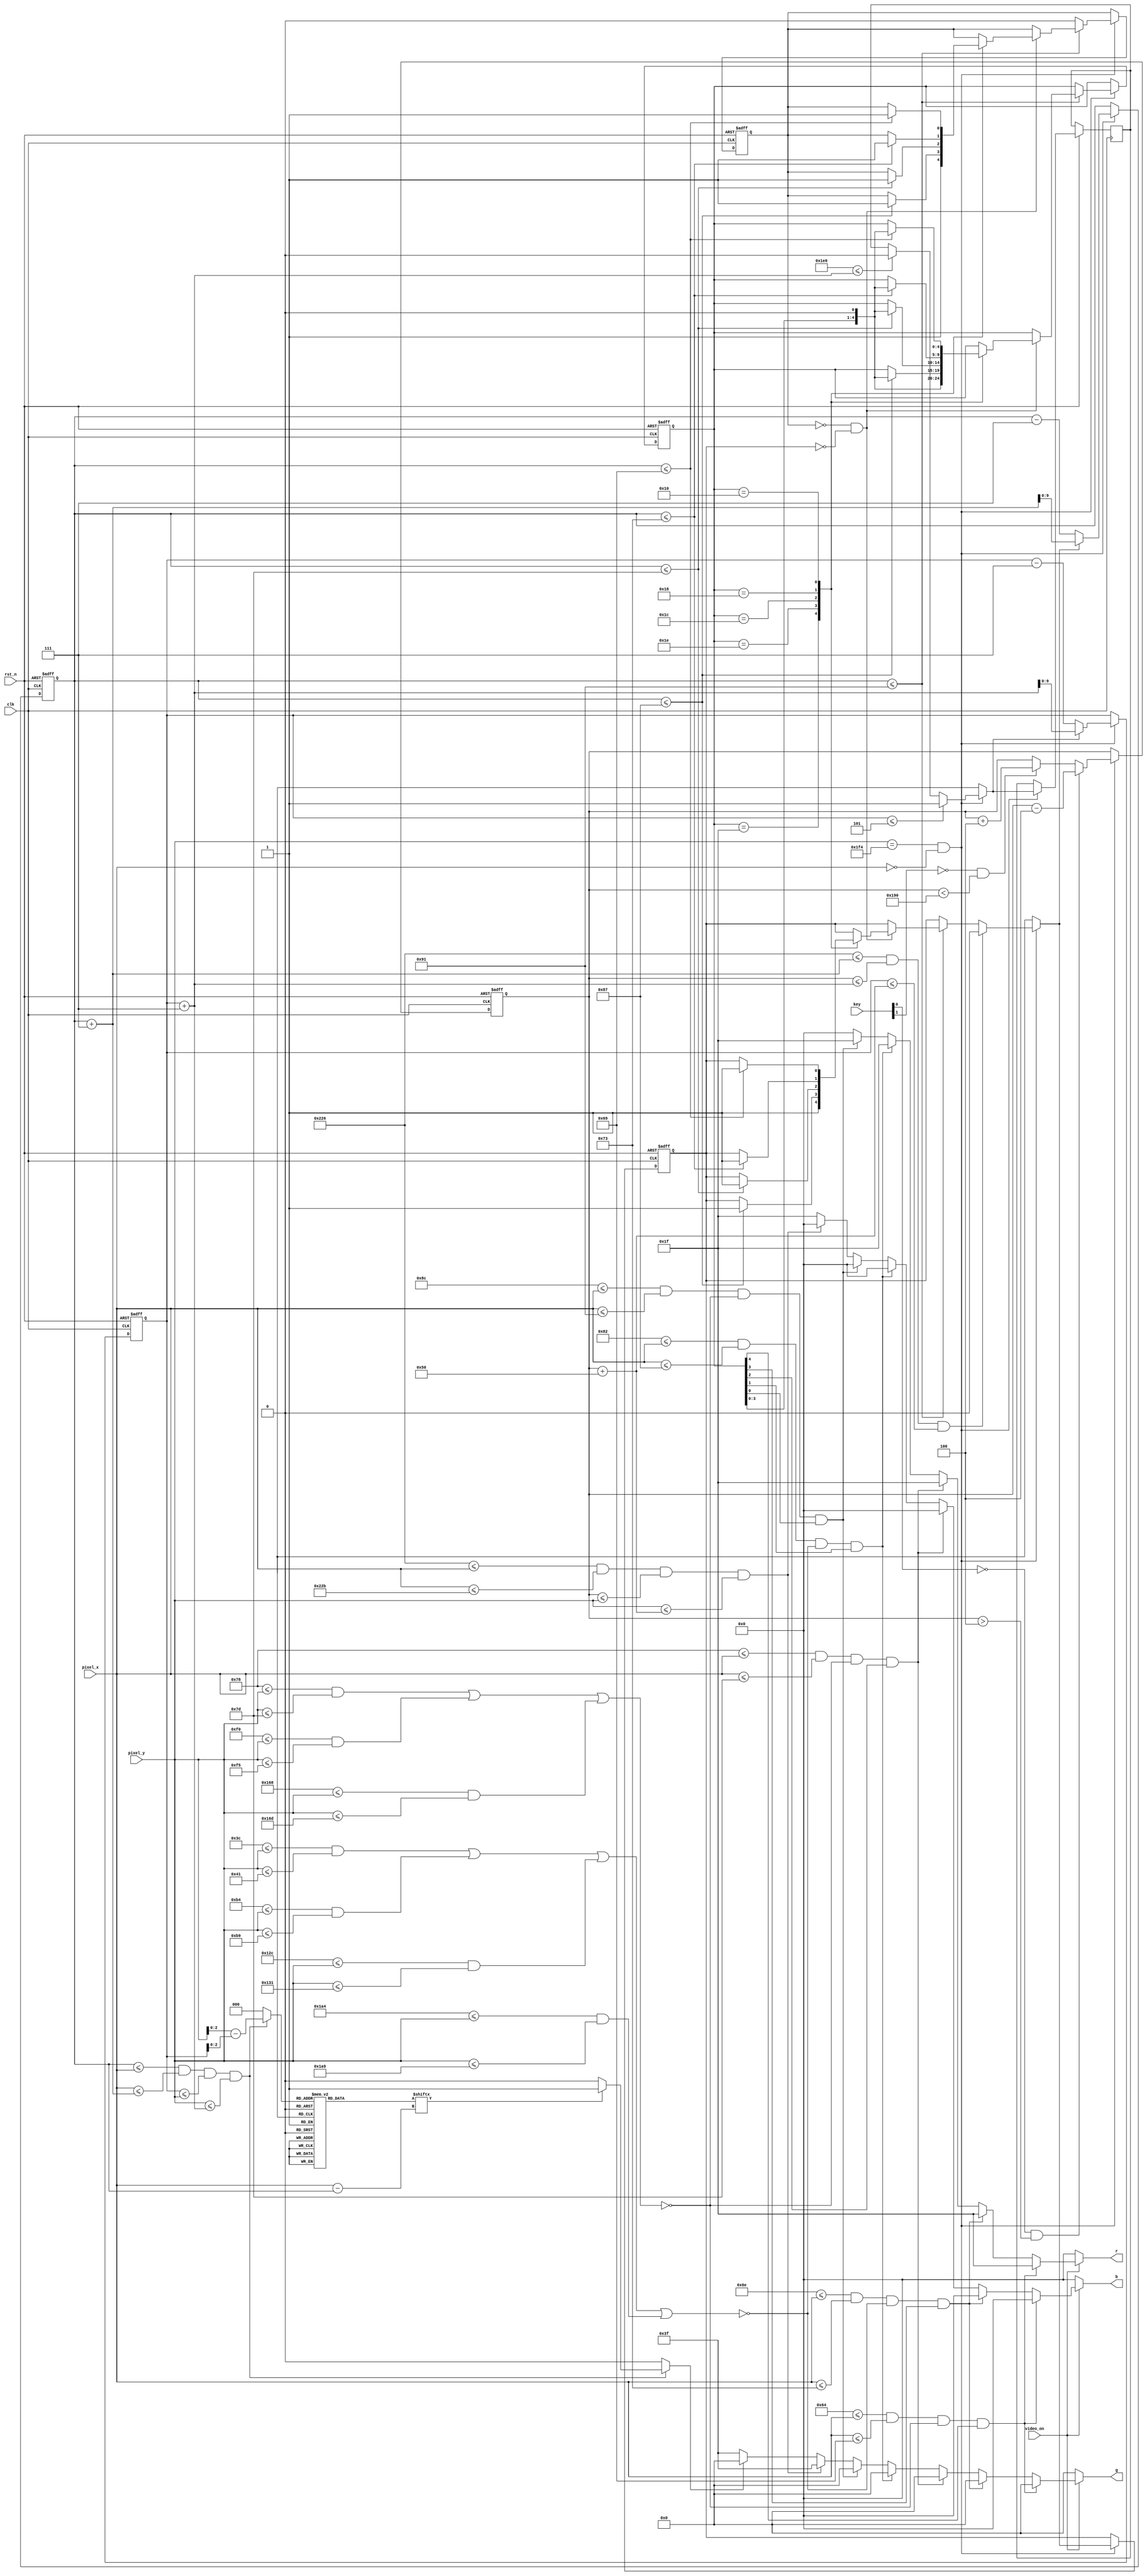
`timescale 1ns / 1ps

module pong_animated
	(
		input clk,rst_n,
		input video_on,
		input[1:0] key,
		input[11:0] pixel_x,pixel_y,
		output reg[4:0] r,
		output reg[5:0] g,
		output reg[4:0] b
    );	
	 localparam wall_1_XL=100, //wall 1
					wall_1_XR=105,					
					wall_2_XL=110, //wall 2
					wall_2_XR=115, 
					wall_3_XL=120, //wall 3
					wall_3_XR=125, 
					wall_4_XL=130, //wall 4
					wall_4_XR=135, 
					wall_5_XL=140, //wall 5
					wall_5_XR=145, 
					
					brick_space=3,
					
					bar_XL=550, //left
					bar_XR=555, //right
					bar_LENGTH=80, //bar length
					bar_V=4, //bar velocity
					
					ball_DIAM=7, //ball diameter-1
					ball_V=7; //ball velocity

					
	 wire wall_1_on,wall_2_on,wall_3_on,wall_4_on,wall_5_on,bar_on,ball_box;
	 reg ball_on;
	 reg[2:0] rom_addr; //rom for circular pattern of ball
	 reg[7:0] rom_data;
	 reg[9:0] bar_top_q=220,bar_top_d; //stores upper Y value of bar,controlled by key[0] and key[1]
	 reg[9:0] ball_x_q=280,ball_x_d; //stores left X value of the bouncing ball
	 reg[9:0] ball_y_q=200,ball_y_d; //stores upper Y value of the bouncing ball
	 reg ball_xdelta_q=1,ball_xdelta_d;
	 reg ball_ydelta_q=1,ball_ydelta_d;
	 reg hold_q=0,hold_d; //make sure no consecutive bounces fromm wall happens or else all wall will vanish instantly
	 reg[4:0] wall_q=5'b111_11,wall_d; //5 bits which acts like the 5 walls. Shift left every time a "wall" is broken

	 //display conditions															//inside "!" statement is for brick spacing to make it look more like a brick rather than a wall
	 assign wall_1_on= wall_1_XL<=pixel_x && pixel_x<=wall_1_XR && !( (120<=pixel_y && pixel_y<=125) || (240<=pixel_y && pixel_y<=245) || (360<=pixel_y && pixel_y<=365)); 
	 assign wall_2_on= wall_2_XL<=pixel_x && pixel_x<=wall_2_XR && !( (60<=pixel_y && pixel_y<=65) || (180<=pixel_y && pixel_y<=185) || (300<=pixel_y && pixel_y<=305) || (420<=pixel_y && pixel_y<=425));
	 assign wall_3_on= wall_3_XL<=pixel_x && pixel_x<=wall_3_XR && !( (120<=pixel_y && pixel_y<=125) || (240<=pixel_y && pixel_y<=245) || (360<=pixel_y && pixel_y<=365)); 
	 assign wall_4_on= wall_4_XL<=pixel_x && pixel_x<=wall_4_XR && !( (60<=pixel_y && pixel_y<=65) || (180<=pixel_y && pixel_y<=185) || (300<=pixel_y && pixel_y<=305) || (420<=pixel_y && pixel_y<=425));
	 assign wall_5_on= wall_5_XL<=pixel_x && pixel_x<=wall_5_XR && !( (120<=pixel_y && pixel_y<=125) || (240<=pixel_y && pixel_y<=245) || (360<=pixel_y && pixel_y<=365)); 
	 assign bar_on= bar_XL<=pixel_x && pixel_x<=bar_XR && bar_top_q<=pixel_y && pixel_y<=(bar_top_q+bar_LENGTH);
	 assign ball_box= ball_x_q<=pixel_x && pixel_x<=(ball_x_q+ball_DIAM) &&  ball_y_q<=pixel_y && pixel_y<=(ball_y_q+ball_DIAM);

	 //circular ball_on logic
	 always @* begin
		rom_addr=0;
		ball_on=0;
		if(ball_box) begin
			rom_addr=pixel_y-ball_y_q;
			if(rom_data[pixel_x-ball_x_q]) ball_on=1;
		end
	 end
	 
	 //ball rom pattern
	 always @* begin
		 case(rom_addr)
			3'd0: rom_data=8'b0001_1000;
			3'd1: rom_data=8'b0011_1100;
			3'd2: rom_data=8'b0111_1110;
			3'd3: rom_data=8'b1111_1111;
			3'd4: rom_data=8'b1111_1111;
			3'd5: rom_data=8'b0111_1110;
			3'd6: rom_data=8'b0011_1100;
			3'd7: rom_data=8'b0001_1000;
		 endcase
	 end
	 
	 
	 //logic for movable bar and self-bouncing ball
	 always @(posedge clk,negedge rst_n) begin
		if(!rst_n) begin
			bar_top_q<=220;
			ball_x_q<=280;
			ball_y_q<=200;
			ball_xdelta_q<=1;
			ball_xdelta_q<=1;
			wall_q<=5'b111_11;
			hold_q<=0;
		end
		else begin
			bar_top_q<=bar_top_d;
			ball_x_q<=ball_x_d;
			ball_y_q<=ball_y_d;
			ball_xdelta_q<=ball_xdelta_d;
			ball_ydelta_q<=ball_ydelta_d;
			wall_q<=wall_d;
			hold_q<=hold_d;
		end
	 end
	 always @* begin
		bar_top_d=bar_top_q;
		ball_x_d=ball_x_q;
		ball_y_d=ball_y_q;
		ball_xdelta_d=ball_xdelta_q;
		ball_ydelta_d=ball_ydelta_q;
		wall_d=wall_q;
		hold_d=hold_q;
		if(pixel_y==500 && pixel_x==0) begin//1 tick when video is surely off
			//bar movement logic
			if(!key[0] && bar_top_q>bar_V) bar_top_d=bar_top_q-bar_V; //move bar up
			else if(!key[1] && bar_top_q<(480-bar_LENGTH)) bar_top_d=bar_top_q+bar_V; //move bar down
			
			//bouncing ball logic
			if(ball_x_q<=wall_5_XR) begin
				if(!hold_q && ball_xdelta_q==0) begin
					case(wall_q)
						5'b111_11: if(ball_x_q<=wall_5_XR)begin	
												ball_xdelta_d=1; //bounce from wall 5
												wall_d=wall_q<<1;
												hold_d=1;
									  end
						5'b111_10: if(ball_x_q<=wall_4_XR)begin
											ball_xdelta_d=1; //bounce from wall 4
											wall_d=wall_q<<1;
											hold_d=1;
									  end
						5'b111_00: if(ball_x_q<=wall_3_XR) begin
											ball_xdelta_d=1; //bounce from wall 3
											wall_d=wall_q<<1;
											hold_d=1;
									  end
						5'b110_00: if(ball_x_q<=wall_2_XR) begin
											ball_xdelta_d=1; //bounce from wall 4
											wall_d=wall_q<<1;
											hold_d=1;
									  end
						5'b100_00: if(ball_x_q<=wall_1_XR) begin
											ball_xdelta_d=1; //bounce from wall 4
											wall_d=wall_q<<1;
											hold_d=1;
									  end
					endcase

				end
			end
			else hold_d=0;
			
			if( (bar_XL<=(ball_x_q+ball_DIAM) && bar_top_q<=(ball_y_q+ball_DIAM)) && ball_y_q<=(bar_top_q+bar_LENGTH)) ball_xdelta_d=0; //bounce from bar
			if(ball_y_q<=5) ball_ydelta_d=1; //bounce from top
			else if(480<=(ball_y_q+ball_DIAM)) ball_ydelta_d=0; //bounce from bottom
			
			ball_x_d=ball_xdelta_d? (ball_x_q+ball_V):(ball_x_q-ball_V);
			ball_y_d=ball_ydelta_d? (ball_y_q+ball_V):(ball_y_q-ball_V);
			
		end
	 end
	 
	 
	 //overall display logic
	always @* begin
	 	r=0;
		g=0;
		b=0;
		if(video_on) begin
			if(wall_1_on && wall_q[4]) r={5{1'b1}};
			else if(wall_2_on && wall_q[3]) r={5{1'b1}};
			else if(wall_3_on && wall_q[2]) r={5{1'b1}};
			else if(wall_4_on && wall_q[1]) r={5{1'b1}};
			else if(wall_5_on && wall_q[0]) r={5{1'b1}};
			else if(bar_on) g={6{1'b1}};
			else if(ball_on) b={5{1'b1}};
			else begin //background color
				g={6{1'b1}};
				b={5{1'b1}};
			end
		end
	 end
					
endmodule